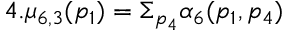
4 . \mu _ { 6 , 3 } ( p _ { 1 } ) = \Sigma _ { p _ { 4 } } \alpha _ { 6 } ( p _ { 1 } , p _ { 4 } )